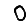
Digit: 0